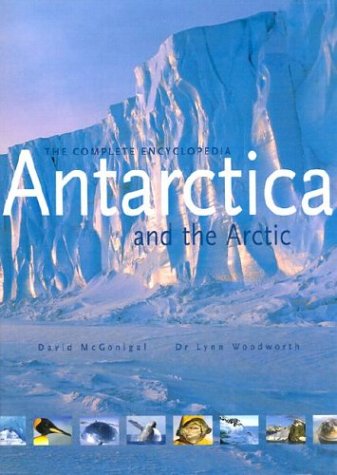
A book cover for Antarctica and the Arctic: The Complete Encyclopedia; David McGonigal; Reference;